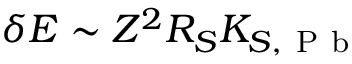
\delta E \sim Z ^ { 2 } R _ { S } K _ { S , \mathrm { ~ P ~ b ~ } }